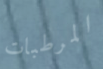
المرطبات